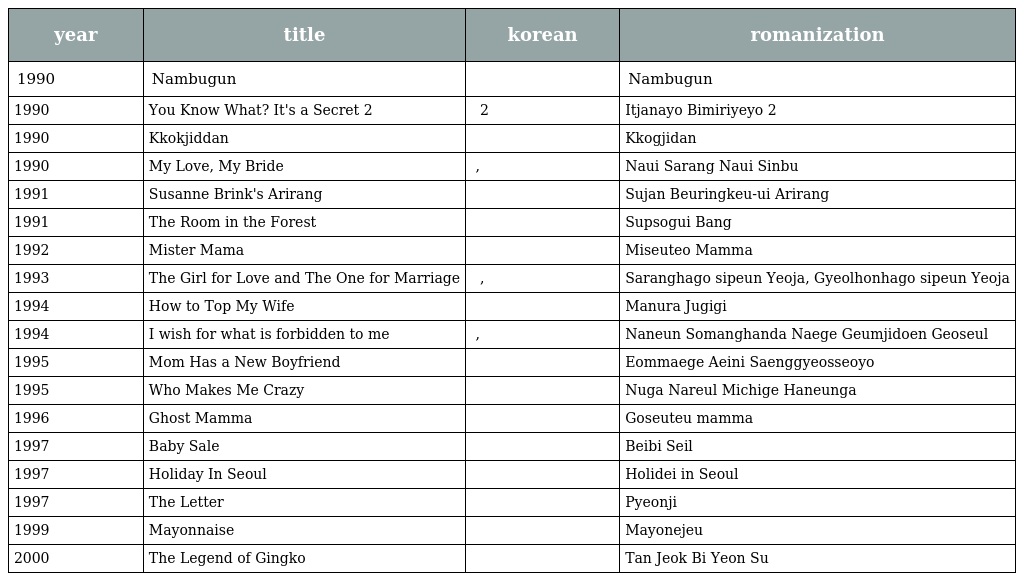
| year | title | korean | romanization |
 | --- | --- | --- | --- |
 | 1990 | Nambugun | 남부군 | Nambugun |
 | 1990 | You Know What? It's a Secret 2 | 있잖아요 비밀이에요 2 | Itjanayo Bimiriyeyo 2 |
 | 1990 | Kkokjiddan | 꼭지단 | Kkogjidan |
 | 1990 | My Love, My Bride | 나의 사랑, 나의 신부 | Naui Sarang Naui Sinbu |
 | 1991 | Susanne Brink's Arirang | 수잔 브링크의 아리랑 | Sujan Beuringkeu-ui Arirang |
 | 1991 | The Room in the Forest | 숲속의 방 | Supsogui Bang |
 | 1992 | Mister Mama | 미스터 맘마 | Miseuteo Mamma |
 | 1993 | The Girl for Love and The One for Marriage | 사랑하고 싶은 여자, 결혼하고 싶은 여자 | Saranghago sipeun Yeoja, Gyeolhonhago sipeun Yeoja |
 | 1994 | How to Top My Wife | 마누라 죽이기 | Manura Jugigi |
 | 1994 | I wish for what is forbidden to me | 나는 소망한다, 내게 금지된 것을 | Naneun Somanghanda Naege Geumjidoen Geoseul |
 | 1995 | Mom Has a New Boyfriend | 엄마에게 애인이 생겼어요 | Eommaege Aeini Saenggyeosseoyo |
 | 1995 | Who Makes Me Crazy | 누가 나를 미치게 하는가 | Nuga Nareul Michige Haneunga |
 | 1996 | Ghost Mamma | 고스트 맘마 | Goseuteu mamma |
 | 1997 | Baby Sale | 베이비 세일 | Beibi Seil |
 | 1997 | Holiday In Seoul | 홀리데이 인 서울 | Holidei in Seoul |
 | 1997 | The Letter | 편지 | Pyeonji |
 | 1999 | Mayonnaise | 마요네즈 | Mayonejeu |
 | 2000 | The Legend of Gingko | 단적비연수 | Tan Jeok Bi Yeon Su |